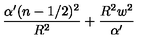
\frac { \alpha ^ { \prime } ( n - 1 / 2 ) ^ { 2 } } { R ^ { 2 } } + \frac { R ^ { 2 } w ^ { 2 } } { \alpha ^ { \prime } }